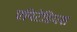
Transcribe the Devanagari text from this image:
एपिटेडियश